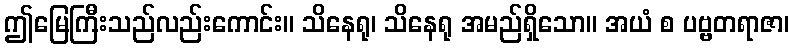
ဤမြေကြီးသည်လည်းကောင်း။ သိနေရု၊ သိနေရု အမည်ရှိသော။ အယံ စ ပဗ္ဗတရာဇာ၊